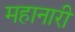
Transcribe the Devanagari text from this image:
महानारी